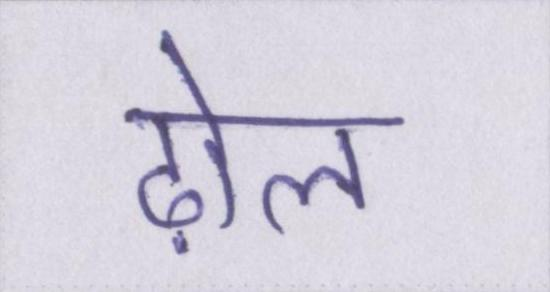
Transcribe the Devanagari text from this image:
ढ़ोल